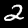
Digit: 2